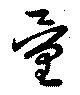
量